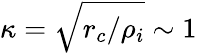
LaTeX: \kappa=\sqrt{r_{c}/\rho_{i}}\sim 1